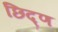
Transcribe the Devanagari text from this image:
छिद्ण